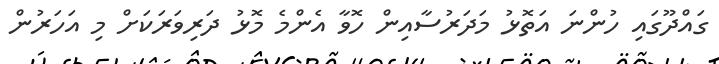
ގައްދޫގައި ހުންނަ އަތޮޅު މަދަރުސާއިން ހޮވާ އެންމެ މޮޅު ދަރިވަރަކަށް މި އަހަރުން